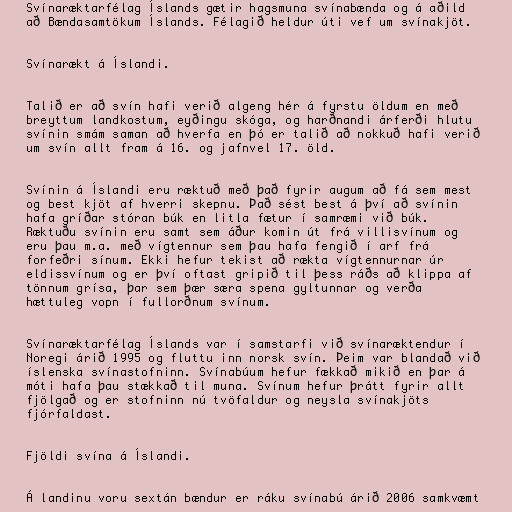
Svínaræktarfélag Íslands gætir hagsmuna svínabænda og á aðild
að Bændasamtökum Íslands. Félagið heldur úti vef um svínakjöt.

Svínarækt á Íslandi.

Talið er að svín hafi verið algeng hér á fyrstu öldum en með
breyttum landkostum, eyðingu skóga, og harðnandi árferði hlutu
svínin smám saman að hverfa en þó er talið að nokkuð hafi verið
um svín allt fram á 16. og jafnvel 17. öld.

Svínin á Íslandi eru ræktuð með það fyrir augum að fá sem mest
og best kjöt af hverri skepnu. Það sést best á því að svínin
hafa gríðar stóran búk en litla fætur í samræmi við búk.
Ræktuðu svínin eru samt sem áður komin út frá villisvínum og
eru þau m.a. með vígtennur sem þau hafa fengið í arf frá
forfeðri sínum. Ekki hefur tekist að rækta vígtennurnar úr
eldissvínum og er því oftast gripið til þess ráðs að klippa af
tönnum grísa, þar sem þær særa spena gyltunnar og verða
hættuleg vopn í fullorðnum svínum.

Svínaræktarfélag Íslands var í samstarfi við svínaræktendur í
Noregi árið 1995 og fluttu inn norsk svín. Þeim var blandað við
íslenska svínastofninn. Svínabúum hefur fækkað mikið en þar á
móti hafa þau stækkað til muna. Svínum hefur þrátt fyrir allt
fjölgað og er stofninn nú tvöfaldur og neysla svínakjöts
fjórfaldast.

Fjöldi svína á Íslandi.

Á landinu voru sextán bændur er ráku svínabú árið 2006 samkvæmt